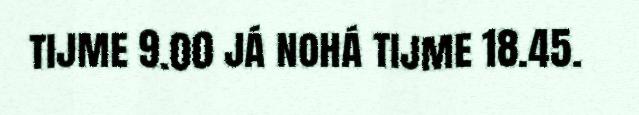
tijme 9.00 já nohá tijme 18.45.